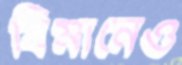
বিমানেও